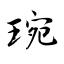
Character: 琬